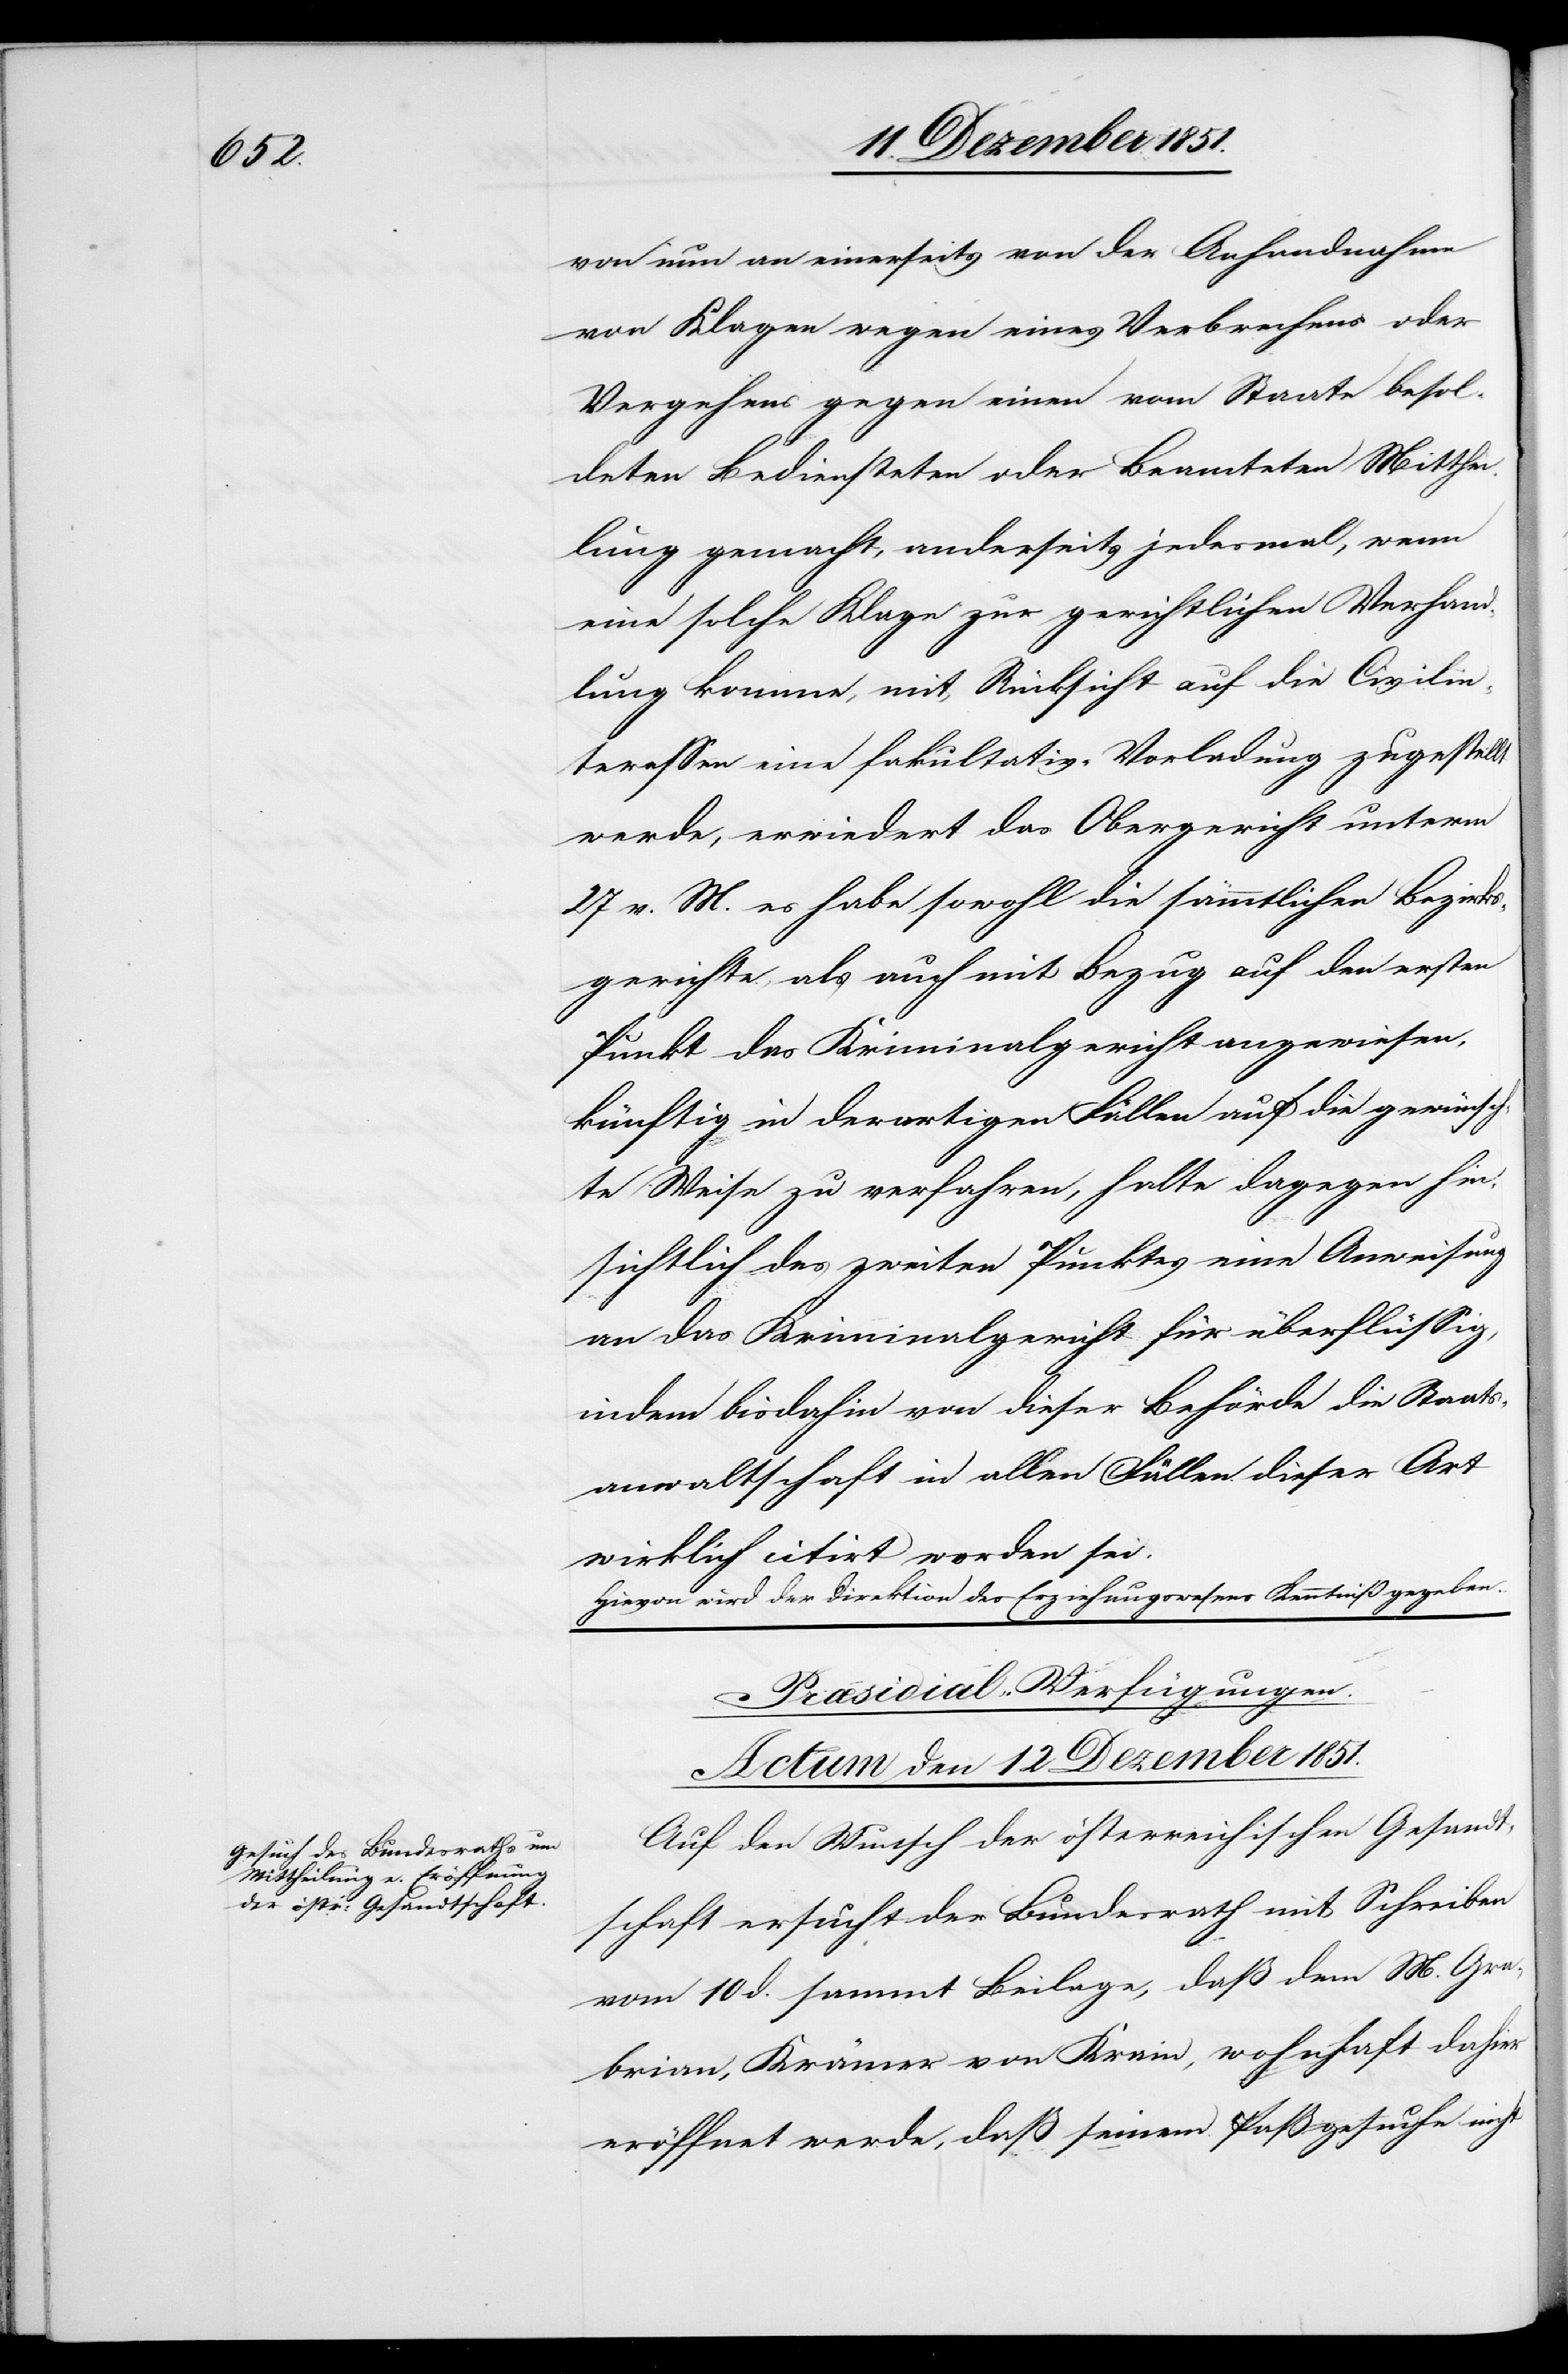
von nun an einerseits von der Anhandnahme
von Klagen wegen eines Verbrechens oder
Vergehens gegen einen vom Staate besol¬
deten Bediensteten oder Beamteten Mitthei¬
lung gemacht, anderseits jedesmal, wenn
eine solche Klage zur gerichtlichen Verhand¬
lung komme, mit Rücksicht auf die Civilin¬
teressen eine fakultativ-Vorladung zugestellt
werde, erwiedert das Obergericht unterm
27 v. M. es habe sowohl die sämmtlichen Bezirks¬
gerichte, als auch mit Bezug auf den ersten
Punkt das Kriminalgericht angewiesen,
künftig in derartigen Fällen auf die gewünsch¬
te Weise zu verfahren, halte dagegen hin¬
sichtlich des zweiten Punktes eine Anweisung
an das Kriminalgericht für überflüssig,
indem bisdahin von dieser Behörde die Staats¬
anwaltschaft in allen Fällen dieser Art
wirklich citirt worden sei.
Hievon wird der Direktion des Erziehungswesens Kenntniß gegeben.
Præsidial-Verfügungen.
Actum den 12 Dezember 1851.
Auf den Wunsch der österreichischen Gesandt¬
schaft ersucht der Bundesrath mit Schreiben
vom 10 d. sammt Beilage, daß dem M. Gra¬
brian, Krämer von Krain, wohnhaft dahier
eröffnet werde, daß seinem Paßgesuche nicht